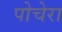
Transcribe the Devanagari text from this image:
पोचेरा